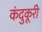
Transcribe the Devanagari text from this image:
कंदुकूरी